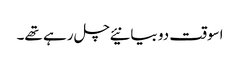
اسوقت دو بیانیئے چل رہے تھے۔